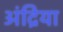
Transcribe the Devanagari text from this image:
अंद्रिया